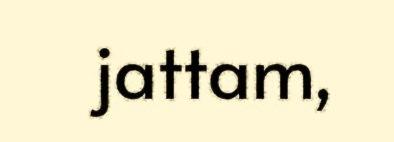
jattam,